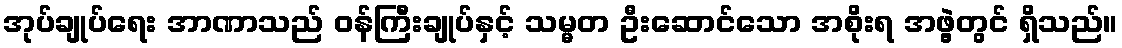
အုပ်ချုပ်ရေး အာဏာသည် ဝန်ကြီးချုပ်နှင့် သမ္မတ ဦးဆောင်သော အစိုးရ အဖွဲ့တွင် ရှိသည်။